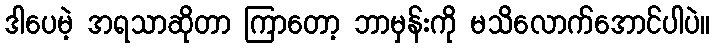
ဒါပေမဲ့ အရသာဆိုတာ ကြာတော့ ဘာမှန်းကို မသိလောက်အောင်ပါပဲ။